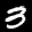
Label: 3